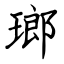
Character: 瑯